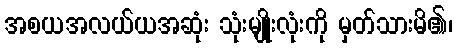
အစယအလယ်ယအဆုံး သုံးမျိုးလုံးကို မှတ်သားမိ၏၊